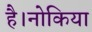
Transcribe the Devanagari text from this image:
है।नोकिया